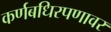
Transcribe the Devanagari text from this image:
कर्णबधिरपणावर